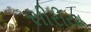
સીરીયા